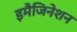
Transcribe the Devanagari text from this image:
इमैजिनेशन